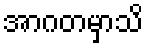
အာဂတမှာသိ